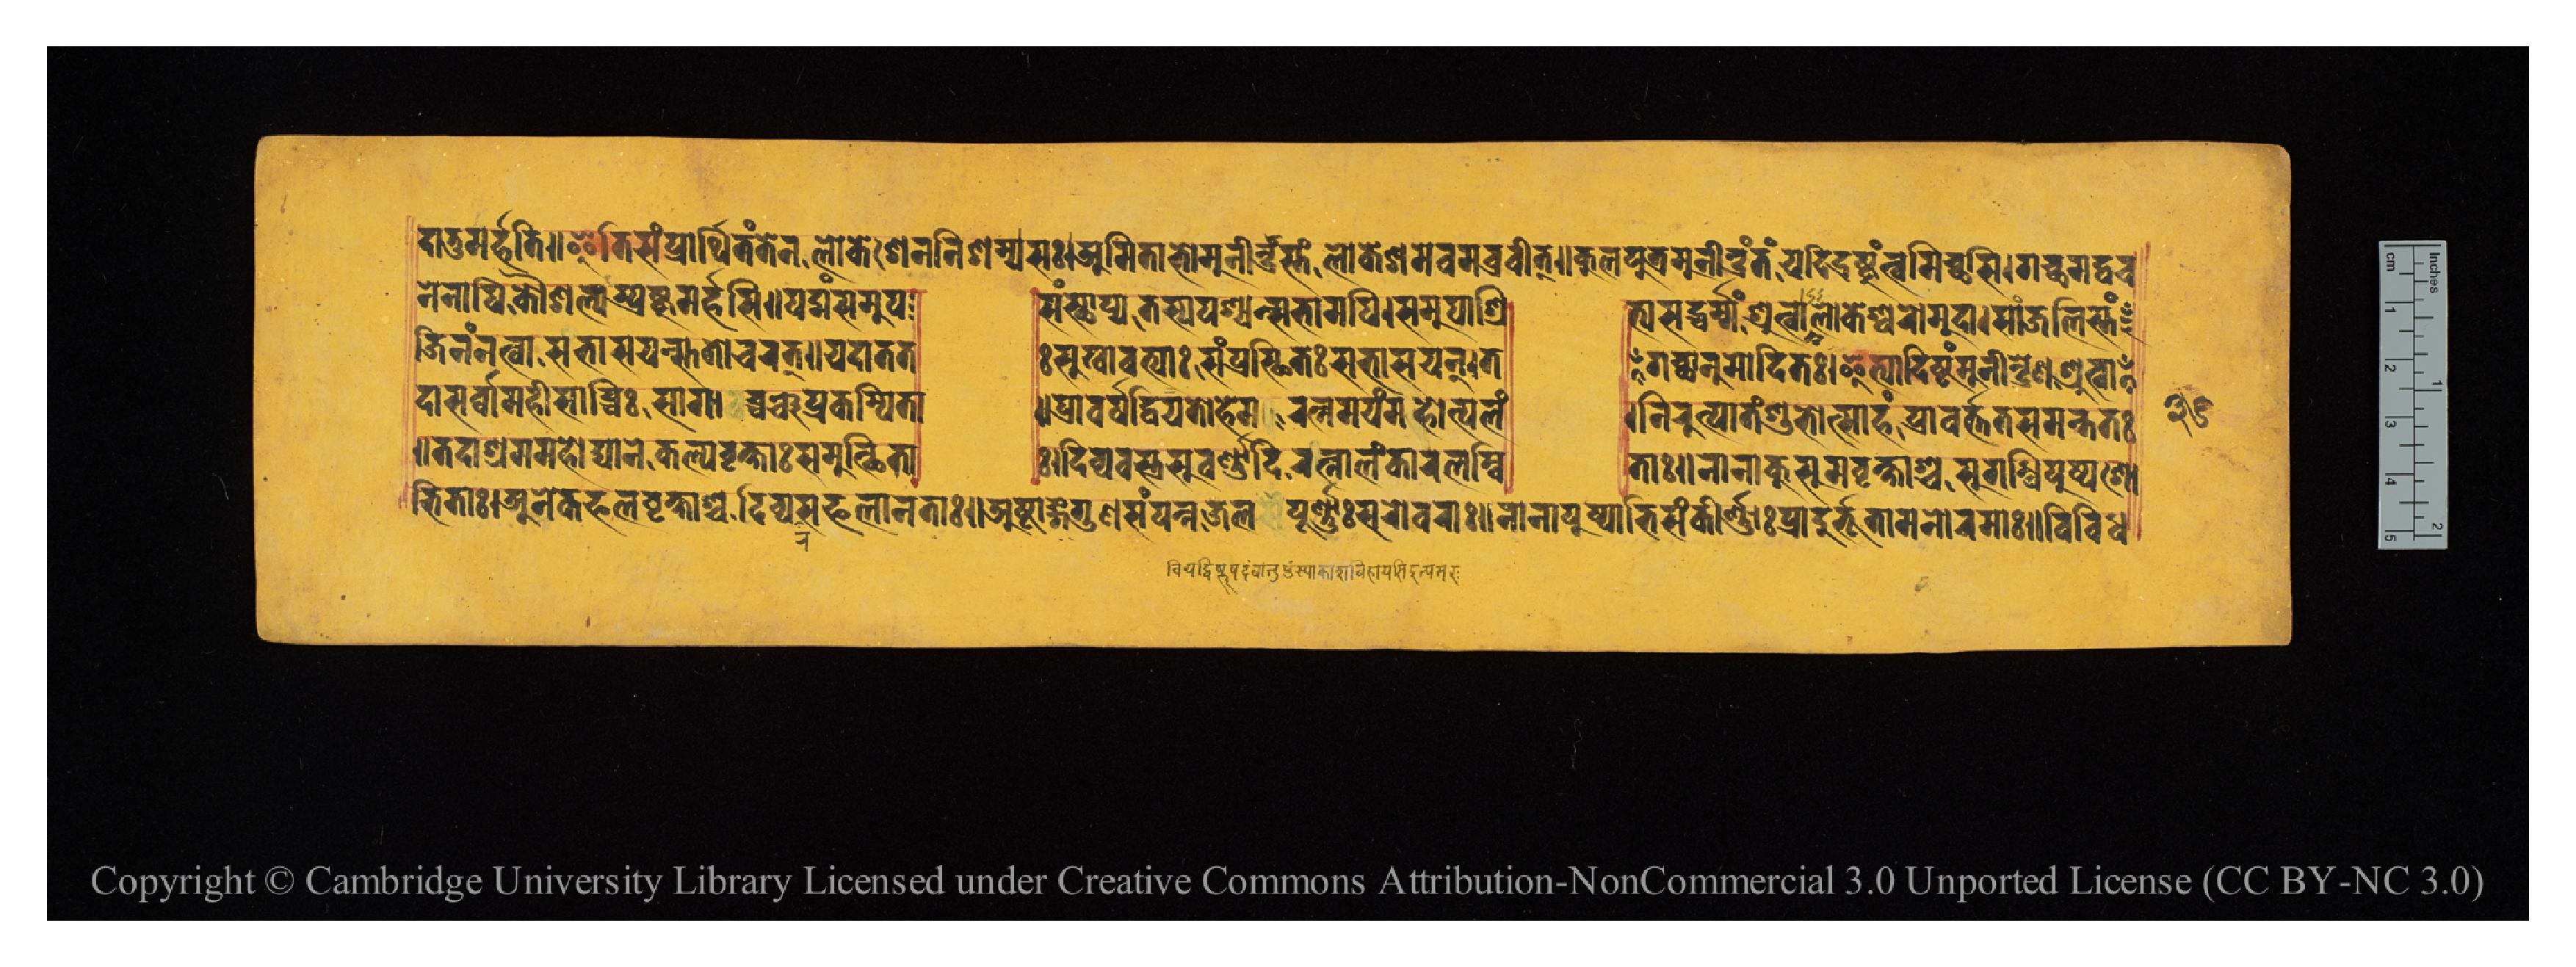
𑐡𑐵𑐟𑐸𑐩𑐬𑑂𑐴𑐟𑐶𑑌𑐂𑐟𑐶𑐳𑑄𑐥𑑂𑐬𑐵𑐬𑑂𑐠𑐶𑐟𑑄𑐟𑐾𑐣𑐮𑑀𑐎𑐾𑐱𑐾𑐣𑐣𑐶𑐱𑐩𑑂𑐫𑐳𑑅𑑋𑐀𑐩𑐶𑐟𑐵𑐨𑑀𑐩𑐸𑐣𑐷𑐣𑑂𑐡𑑂𑐬𑐳𑑂𑐟𑑄𑐮𑑀𑐎𑐾𑐱𑐩𑐾𑐰𑐩𑐧𑐰𑑂𑐬𑐷𑐟𑑂𑑌𑐎𑐸𑐮𑐥𑐸𑐟𑑂𑐬𑐩𑐸𑐣𑐷𑐣𑑂𑐡𑑂𑐬𑑄𑐳𑑂𑐟𑑄𑐫𑐡𑐶𑐡𑑂𑐬𑐲𑑂𑐚𑐸𑑄𑐟𑑂𑐰𑐩𑐶𑐔𑑂𑐕𑐳𑐶𑑋𑐐𑐔𑑂𑐕𑐩𑐡𑑂𑐰𑐔 𑐣𑐾𑐣𑐵𑐥𑐶𑐎𑑁𑐱𑐮𑑂𑐫𑑄𑐳𑑂𑐥𑑂𑐬𑐲𑑂𑐚𑐸𑐩𑐬𑑂𑐴𑐳𑐶𑑌𑐥𑐡𑑂𑐩𑑄𑐳𑐩𑐸𑐥  𑐳𑑄𑐳𑑂𑐠𑐵𑐥𑑂𑐫𑐟𑐳𑑂𑐫𑐥𑐱𑑂𑐫𑐣𑑂𑐳𑐨𑐵𑐩𑐥𑐶𑑋𑐳𑐩𑐸𑐥𑐵𑐱𑑂𑐬𑐶  𑐟𑑂𑐫𑐳𑐡𑑂𑐢𑐬𑑂𑐩𑑂𑐩𑑄𑐱𑑂𑐬𑐸𑐟𑑂𑐰𑐵𑐮𑑀𑐎𑐾𑐱𑑂𑐰𑐬𑑀𑐩𑐸𑐡𑐵𑑋𑐳𑐵𑑄𑐖𑐮𑐶𑐳𑑂𑐟𑑄 𑐖𑐶𑐣𑑄𑐣𑐟𑑂𑐰𑐵𑐳𑑄𑐨𑐵𑐳𑐫𑑄𑐳𑑂𑐟𑐟𑑀𑐔𑐬𑐟𑑂𑑌𑐫𑐡𑐵𑐟𑐟  𑑅𑐳𑐸𑐏𑐵𑐰𑐟𑑂𑐫𑐵𑑄𑐳𑑄𑐥𑑂𑐬𑐳𑑂𑐠𑐶𑐟𑑅𑐳𑐨𑐵𑐳𑐫𑐣𑑂𑑋𑐟  𑐐𑐕𑐵𑐣𑐸𑐩𑑀𑐡𑐶𑐟𑑅𑑋𑐂𑐟𑑂𑐫𑐵𑐡𑐶𑐲𑑂𑐚𑑄𑐩𑐸𑐣𑐷𑐣𑑂𑐡𑑂𑐬𑐾𑐞𑐱𑑂𑐬𑐸𑐟𑑂𑐰𑐵 𑐡𑐵𑐳𑐬𑑂𑐢𑐵𑐩𑐴𑐷𑐳𑐥𑑂𑐔𑐶𑑅𑐳𑐵𑐐𑐵𑐔𑑂𑐔𑐘𑑂𑐔𑐥𑑂𑐬𑐎𑐩𑑂𑐫𑐟𑐵 𑑌𑐥𑑂𑐬𑐰𑐬𑑂𑐲𑐵𑐡𑑂𑐰𑐶𑐫𑐟𑑀𑐴𑐾𑐩𑐬𑐟𑑂𑐣𑐩𑐫𑑄𑐩𑐴𑑀𑐟𑑂𑐥𑐮𑑄  𑑋𑐣𑐶𑐬𑐸𑐟𑑂𑐥𑐵𑐟𑑄𑐱𑐸𑐨𑑀𑐟𑑂𑐳𑐵𑐴𑑄𑐥𑑂𑐬𑐵𑐰𑐬𑑂𑐟𑐟𑐳𑐩𑐣𑑂𑐟𑐟𑑅 𑑌𑐟𑐡𑐵𑐱𑑂𑐬𑐩𑐩𑐴𑑀𑐡𑑂𑐫𑐵𑐣𑐾𑐎𑐮𑑂𑐥𑐰𑐺𑐎𑑂𑐲𑐵𑑅𑐳𑐩𑐸𑐟𑑂𑐠𑐶𑐟𑐵  𑑅𑑋𑐡𑐶𑐰𑑂𑐫𑐰𑐳𑑂𑐟𑑂𑐬𑐳𑐸𑐰𑐬𑑂𑐞𑐵𑐡𑐶𑐬𑐟𑑂𑐣𑐵𑐮𑑄𑐎𑐵𑐬𑐮𑐩𑑂𑐧𑐶  𑐟𑐵𑑅𑑌𑐣𑐵𑐣𑐵𑐎𑐸𑐳𑐸𑐩𑐰𑐺𑐎𑑂𑐲𑐵𑐱𑑂𑐔𑐳𑐸𑐐𑑄𑐢𑐶𑐥𑐸𑐲𑑂𑐥𑐱𑑀  𑐨𑐶𑐟𑐵𑑅𑑋𑐀𑐣𑐾𑐎𑐦𑐮𑐰𑐺𑐎𑑂𑐲𑐵𑐱𑑂𑐔𑐡𑐶𑐰𑑂𑐫𑐬𑐳𑐦𑐮𑐵𑐣𑐟𑐵𑑅𑑌𑐀𑐲𑑂𑐚𑐵𑑄𑐐𑐸𑐞𑐳𑑄𑐥𑐣𑑂𑐣𑐖𑐮𑐥𑐹𑐬𑑂𑐞𑐵𑑅𑐳𑐬𑑀𑐰𑐬𑐵𑑅𑑌𑐣𑐵𑐣𑐵𑐥𑐸𑐲𑑂𑐥𑐵𑐨𑐶𑐳𑑄𑐎𑐷𑐬𑑂𑐞𑐵𑑅𑐥𑑂𑐬𑐵𑐡𑐸𑐬𑑂𑐨𑐹𑐟𑐵𑐩𑐣𑑀𑐬𑐩𑐵𑑅𑑌𑐰𑐶𑐰𑐶𑐢 𑑓𑑖